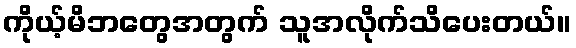
ကိုယ့်မိဘတွေအတွက် သူအလိုက်သိပေးတယ်။